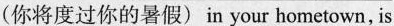
(你将度过你的暑假) in your hometown, is